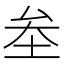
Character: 𡊄